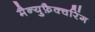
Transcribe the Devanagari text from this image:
मैन्युफ़ैक्चरिंग